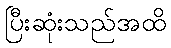
ပြီးဆုံးသည်အထိ